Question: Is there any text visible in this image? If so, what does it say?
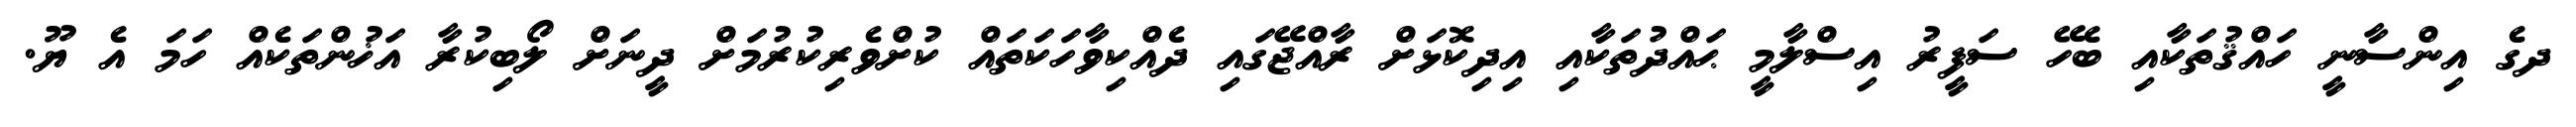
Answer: ދގެ އިންސާނީ ހައްޤުތަކާއި ބެހޭ ސަފީރު އިސްލާމީ ޙައްދުތަކާއި އިދިކޮޅަށް ރާއްޖޭގައި ދެއްކިވާހަކަތައް ކުށްވެރިކުރުމަށް ދީނަށް ލޯބިކުރާ އަޚުންތަކެއް ހަމަ އެ ޔޫ.